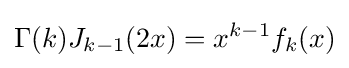
\Gamma (k)J_{k-1}(2x)=x^{k-1}f_{k}(x)